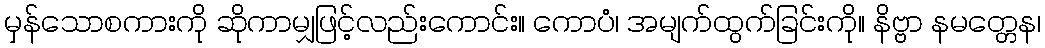
မှန်သောစကားကို ဆိုကာမျှဖြင့်လည်းကောင်း။ ကောပံ၊ အမျက်ထွက်ခြင်းကို။ နိဗ္ဗာ နမတ္တေန၊